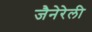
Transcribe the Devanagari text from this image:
जैनेरेली